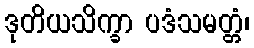
ဒုတိယသိက္ခာ ပဒံသမတ္တံ၊